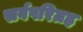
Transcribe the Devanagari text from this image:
सर्वपरिग्रह